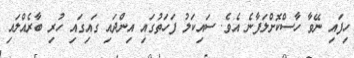
ހިފައި ނޭވާ ހާސްކޮށްލަފާނެ އެވެ. ސައިކަލު ފަހަތުގައި އިންދައި ގައިގައި ހުރި ބާރެއްލައި